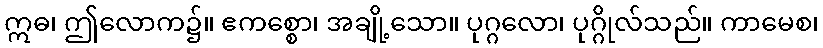
ဣဓ၊ ဤလောက၌။ ဧကစ္စော၊ အချို့သော။ ပုဂ္ဂလော၊ ပုဂ္ဂိုလ်သည်။ ကာမေစ၊